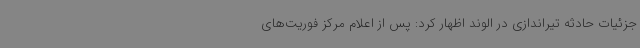
جزئیات حادثه تیراندازی در الوند اظهار کرد: پس از اعلام مرکز فوریت‌های